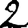
Digit: 2